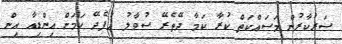
ސަރުކާރުން މަސައްކަތް ކުރާ ކަމާ ދޭތެރޭ ސުވާލު އުފެދޭ ކަމަށް އިންޑިއާ އިން